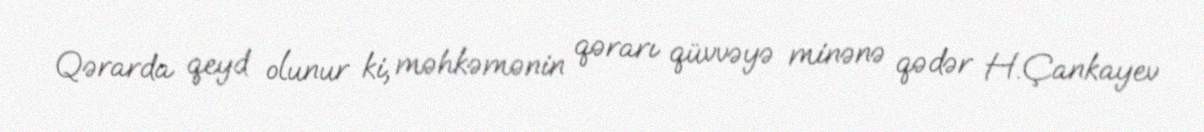
Qərarda qeyd olunur ki, məhkəmənin qərarı qüvvəyə minənə qədər H.Çankayev